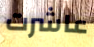
عاشرت